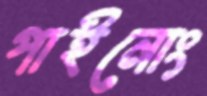
পাইনোং